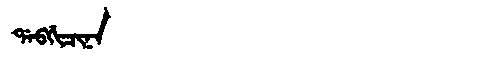
Manchu: ᡩᠠᠪᡤᡳᠴᡳᠨᠠ
Romanization: DABGICINA